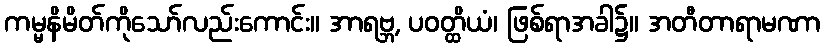
ကမ္မနိမိတ်ကိုသော်လည်းကောင်း။ အာရဗ္ဘ, ပဝတ္ထိယံ၊ ဖြစ်ရာအခါ၌။ အတီတာရာမဏာ